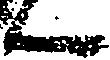
ん